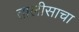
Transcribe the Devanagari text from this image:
तालीसाचा